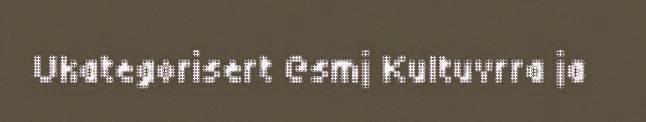
Ukategorisert @smj Kultuvrra ja